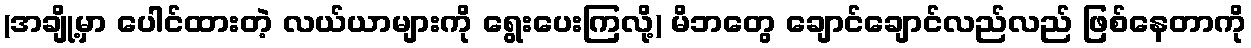
(အချို့မှာ ပေါင်ထားတဲ့ လယ်ယာများကို ရွေးပေးကြလို့) မိဘတွေ ချောင်ချောင်လည်လည် ဖြစ်နေတာကို